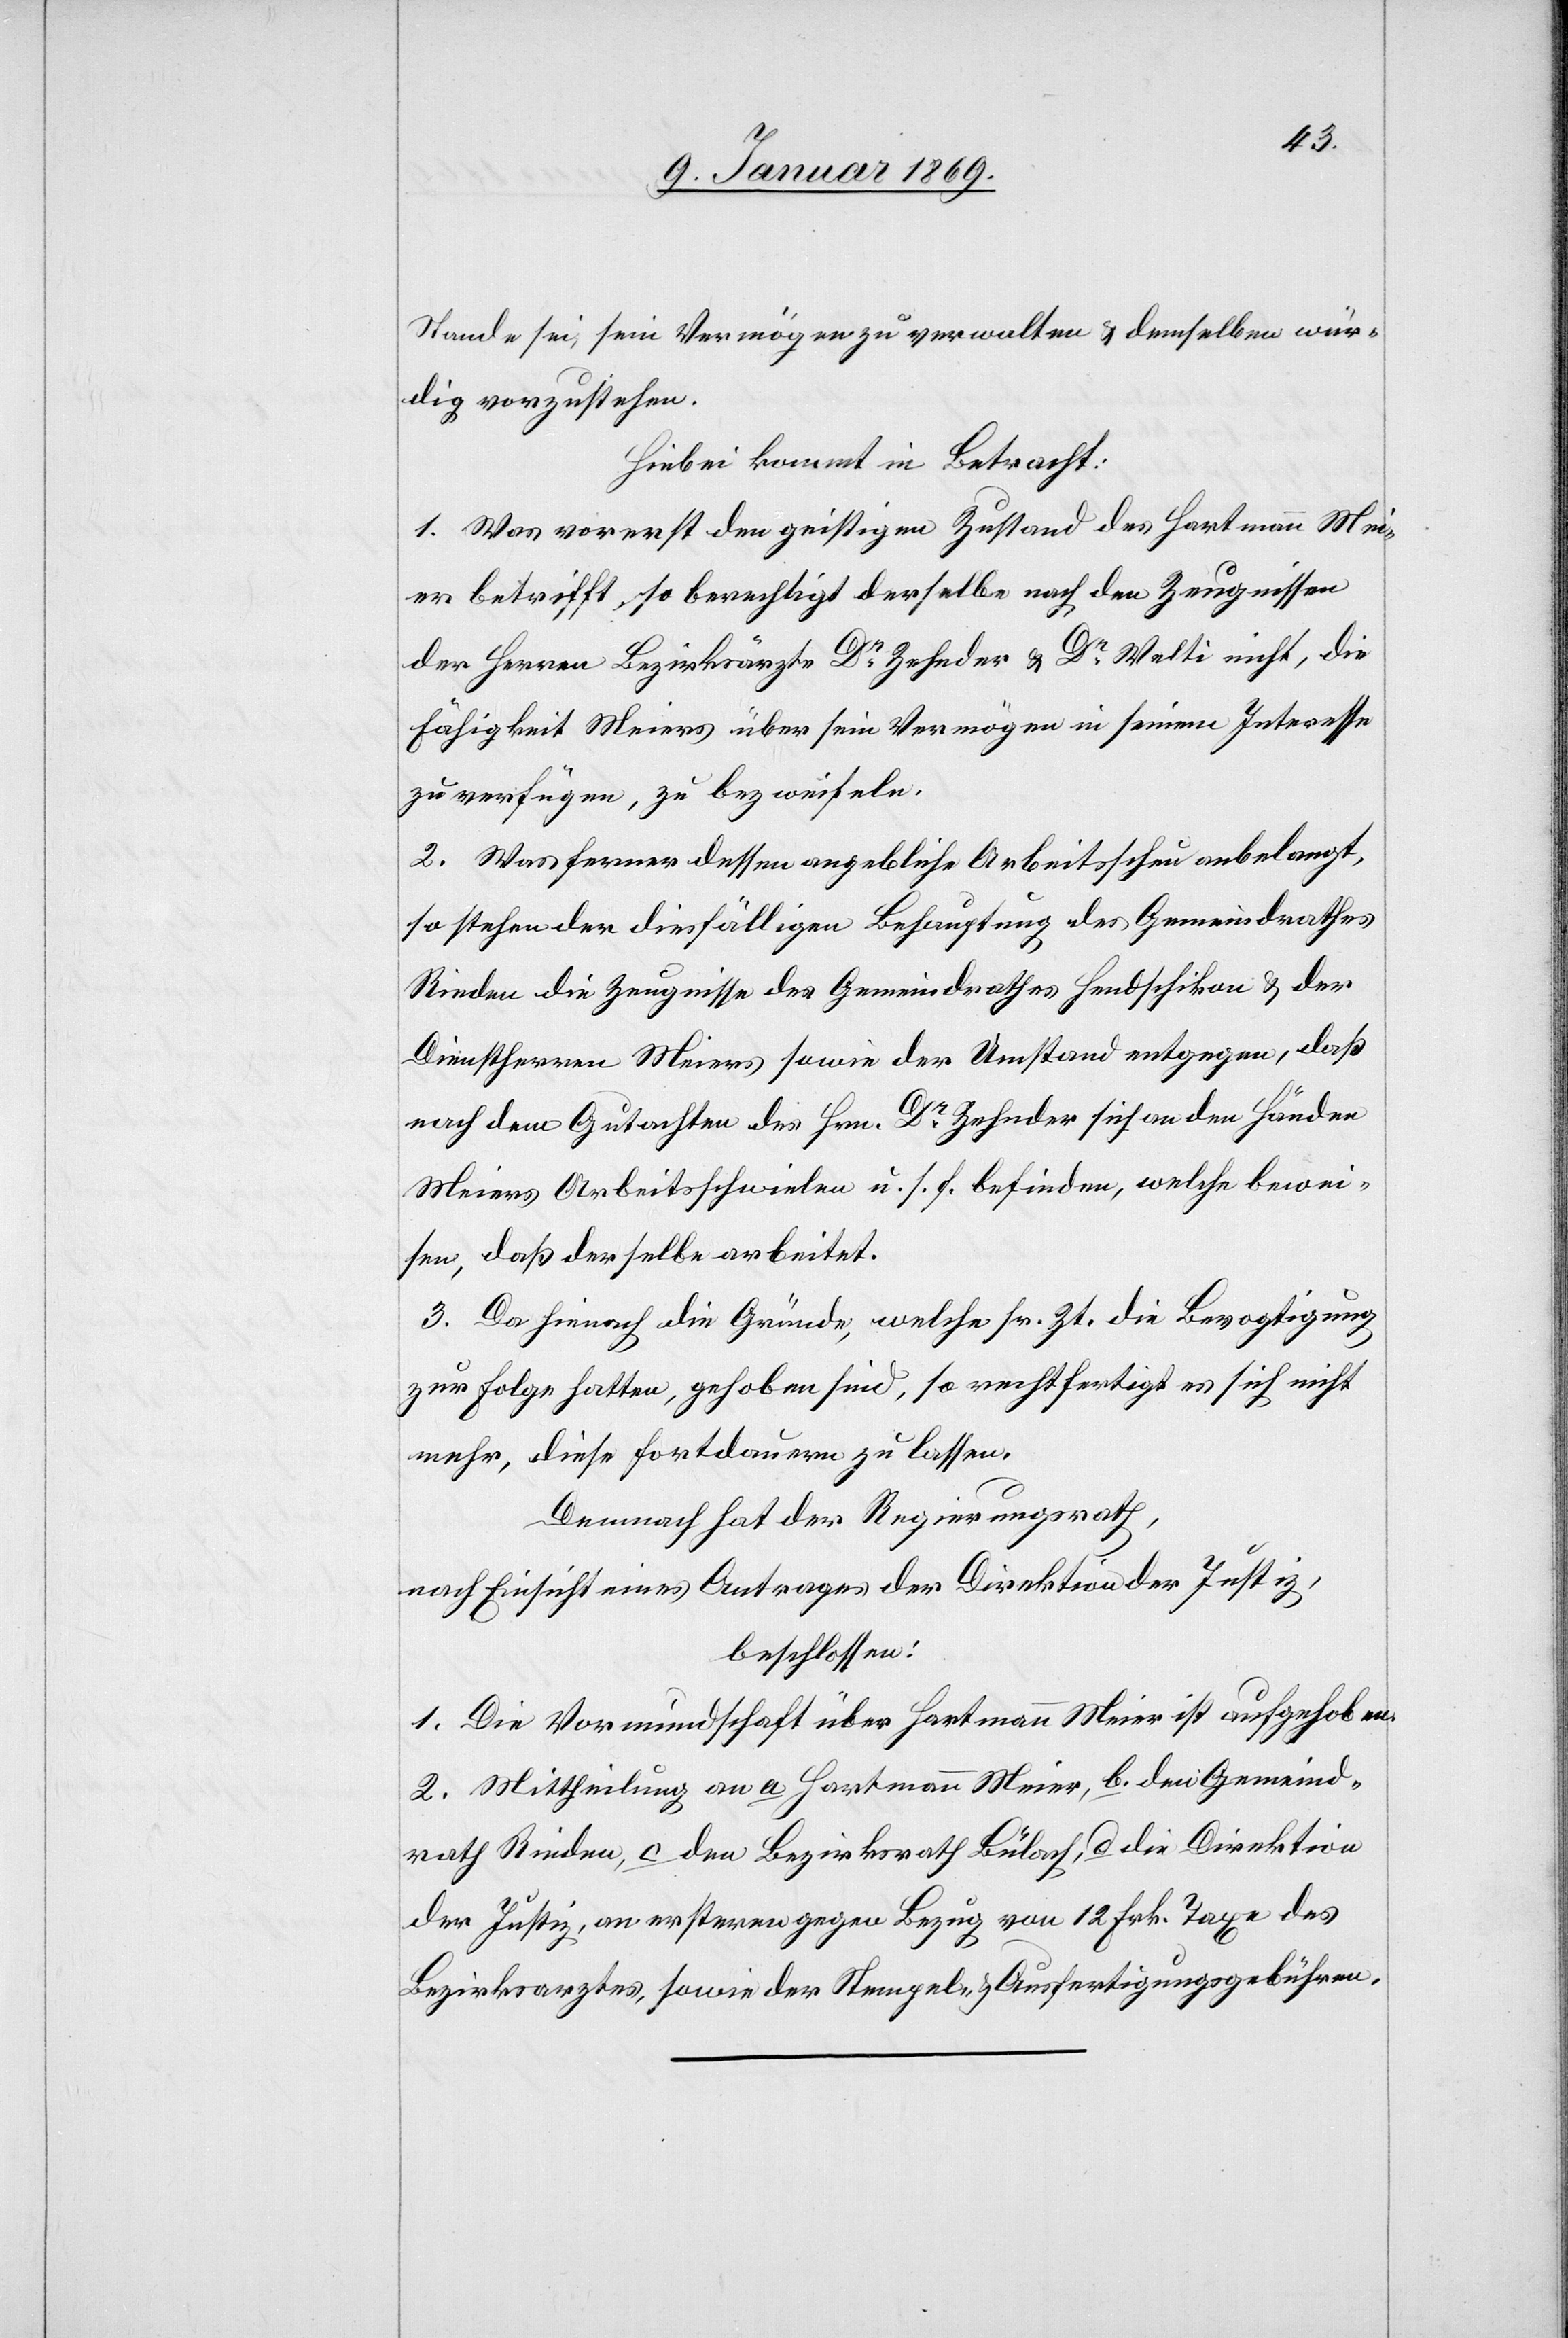
Stande sei, sein Vermögen zu verwalten & demselben wür¬
dig vorzustehen.
Hiebei kommt in Betracht:
1. Was vorerst den geistigen Zustand des Hartmann Mei¬
er betrifft, so berechtigt derselbe nach den Zeugnissen
der Herrn Bezirksärzte Dr Zehnder & Dr Welti nicht, die
Fähigkeit Meiers über seine Vermögen in seinem Interesse
zu verfügen, zu bezweifeln.
2. Was ferner dessen angebliche Arbeitsscheu anbelangt,
so stehen der diesfälligen Behauptung des Gemeindrathes
Rieden die Zeugnisse des Gemeindrathes Hendschikon & der
Dienstherren Meiers sowie der Umstand entgegen, daß
nach dem Gutachten des Herrn Dr Zehnder sich an den Händen
Meiers Arbeitsschwielen u. s. f. befinden, welche bewei¬
sen, daß derselbe arbeitet.
3. Da hienach die Gründe, welche sr. Zt. die Bevogtigung
zur Folge hatten, gehoben sind, so rechtfertigt es sich nicht
mehr, diese fortdauern zu lassen.
Demnach hat der Regierungsrath,
nach Einsicht eines Antrages der Direktion der Justiz,
beschlossen:
1. Die Vormundschaft über Hartmann Meier ist aufgehoben.
2. Mittheilung an a. Hartmann Meier, b. den Gemeind¬
rath Rieden, c. den Bezirksrath Bülach, d. die Direktion
der Justiz, an ersteren gegen Bezug von 12 Frk. Taxe des
Bezirksarztes, sowie der Stempel- & Ausfertigungsgebühren.